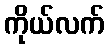
ကိုယ်လက်